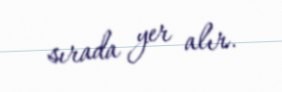
sırada yer alır.